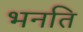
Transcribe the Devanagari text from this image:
भनति